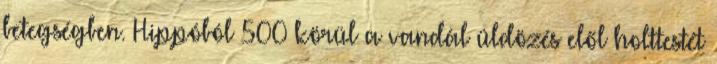
betegségben. Hippóból 500 körül a vandál üldözés elől holttestét